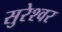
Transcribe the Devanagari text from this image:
सुरेश्‍वर